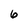
Character: 6